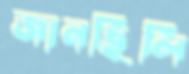
জানছিলি